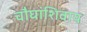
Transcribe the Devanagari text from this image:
चौघांशिवाय